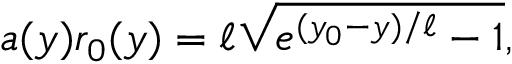
a ( y ) r _ { 0 } ( y ) = \ell \sqrt { e ^ { ( y _ { 0 } - y ) / \ell } - 1 } ,